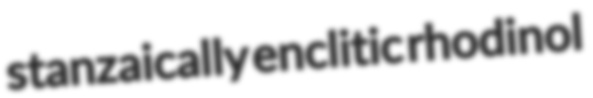
stanzaically enclitic rhodinol